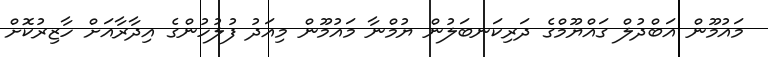
މައުމޫން އަބްދުލް ގައްޔޫމްގެ ދަރިކަނބަލުން ޔުމްނާ މައުމޫން މިއަދު ފުލުހުންގެ އިދާރާއަށް ހާޒިރުކޮށް